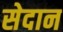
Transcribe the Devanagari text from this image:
सेदान